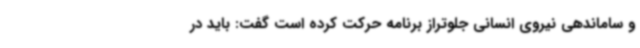
و ساماندهی نیروی انسانی جلوتراز برنامه حرکت کرده است گفت: باید در